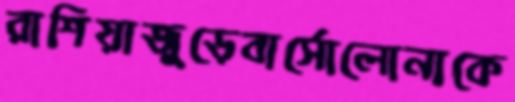
রাশিয়াজুড়েবার্সোলোনাকে